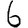
Digit: 6